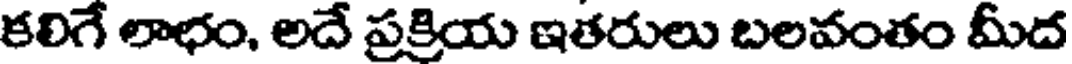
కలిగే లాభం, అదే ప్రక్రియ ఇతరులు బలవంతం మీద